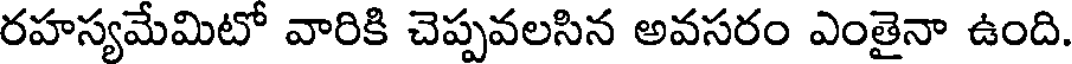
రహస్యమేమిటో వారికి చెప్పవలసిన అవసరం ఎంతైనా ఉంది